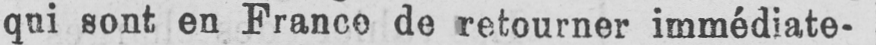
qui sont en France de retourner immédiate-